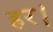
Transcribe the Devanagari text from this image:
हर।